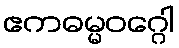
ဧကဓမ္မဝဂ္ဂေါ